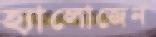
হ্যালোজেন